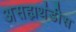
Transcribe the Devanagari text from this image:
असह्यथंडीस